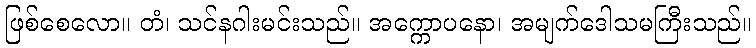
ဖြစ်စေလော။ တံ၊ သင်နဂါးမင်းသည်။ အက္ကောပနော၊ အမျက်ဒေါသမကြီးသည်။